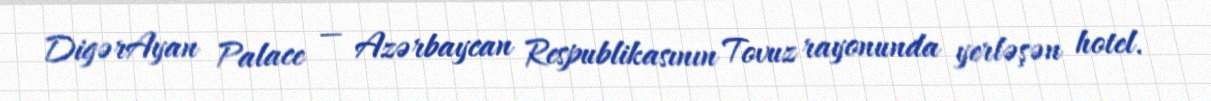
DigərAyan Palace — Azərbaycan Respublikasının Tovuz rayonunda yerləşən hotel.